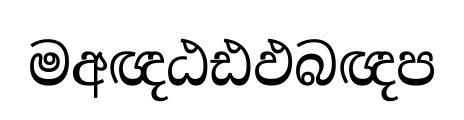
මඅඥඨඪඵබඥප